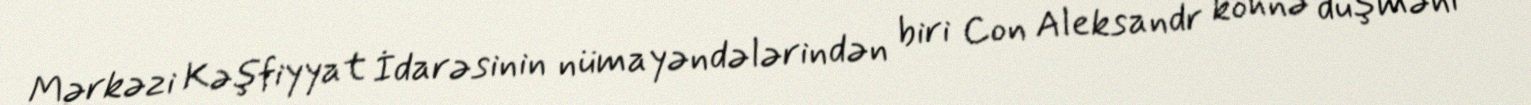
Mərkəzi Kəşfiyyat İdarəsinin nümayəndələrindən biri Con Aleksandr köhnə düşməni